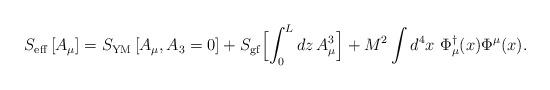
LaTeX: \begin{align*}S_{\rm eff} \left[A_{\mu}\right] = S_{\rm YM} \left[A_{\mu},A_{3}=0\right] + S_{\rm gf} \Bigl[ \int_{0}^{L} dz\, A_{\mu}^{3}\Bigr] + M^{2} \int d^{4}x\,\, \Phi_{\mu}^{\dagger}(x) \Phi^{\mu}(x) .\end{align*}